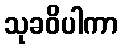
သုခဝိပါကာ